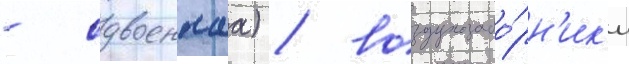
- сдвоеннаа) / воздухозабо́рн'ик'и